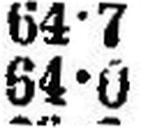
64•0